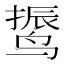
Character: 𱊙